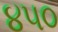
૪૫૦